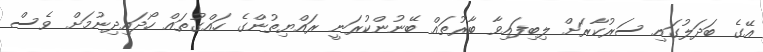
އޭގެ ބަދަލުގައި ސަރުކާރަށް ލިބިފައިވާ ބާރުތައް ބޭނުންކުރަނީ ރައްޔިތުންގެ ހައްގުތައް ހޯދައިދިނުމަށް ވެސް